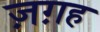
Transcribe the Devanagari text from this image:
ज़ग़ह